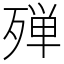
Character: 殚